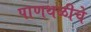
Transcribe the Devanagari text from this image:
पाणथळीचे